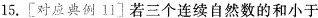
15.[对应典例11]若三个连续自然数的和小于